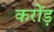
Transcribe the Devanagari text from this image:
करोंड़